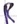
Text: R